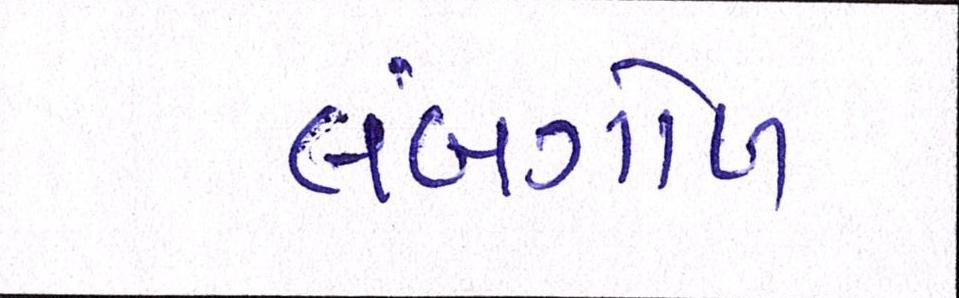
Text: લંબગોળ